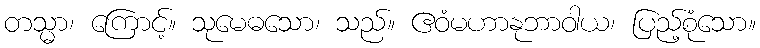
တသ္မာ၊ ကြောင့်။ သုမေဓသော၊ သည်။ ဧဝံမဟာနုဘာဝါယ၊ ပြည့်စုံသော။